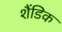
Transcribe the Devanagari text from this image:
शैंडिक